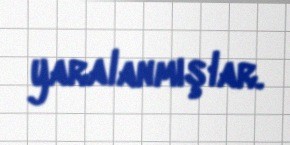
yaralanmışlar.